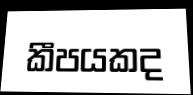
කීපයකද